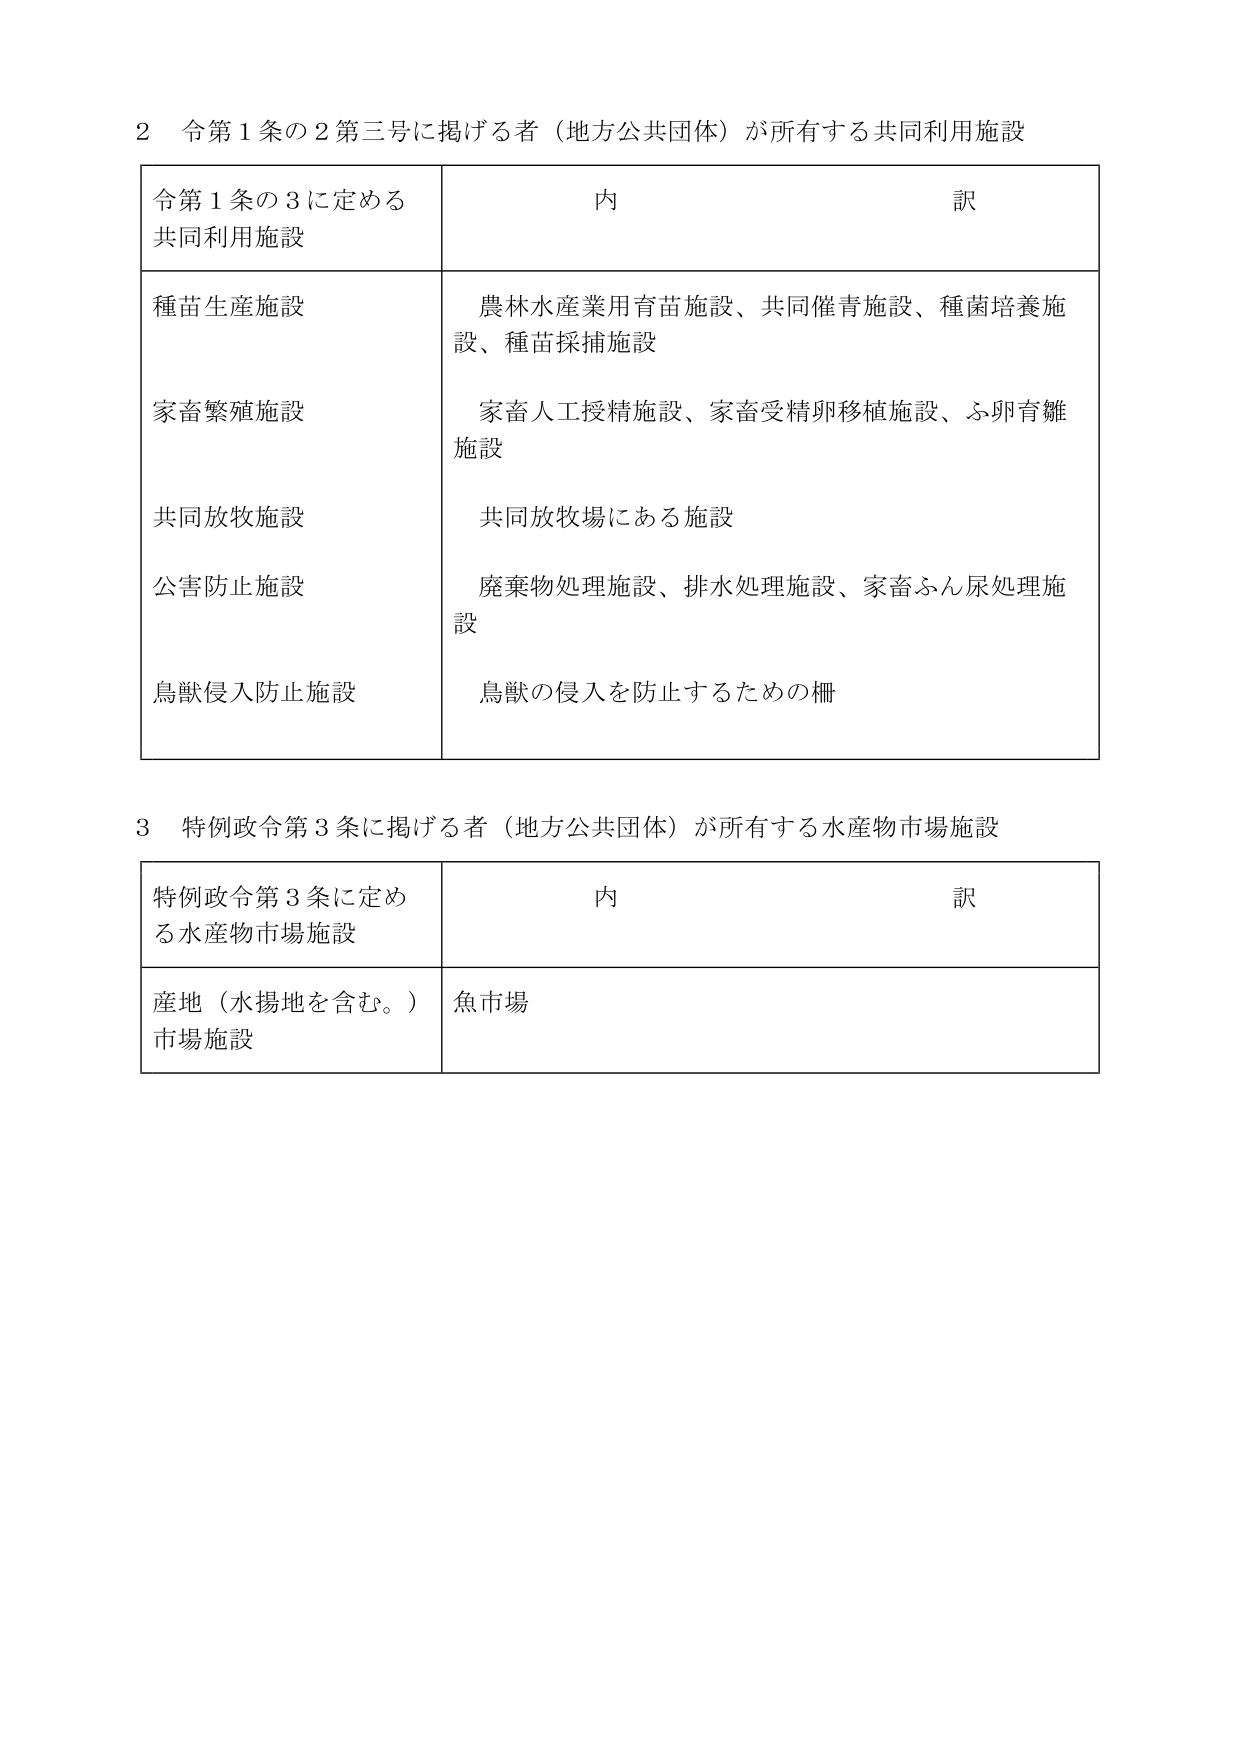
2 令第1条の2第三号に掲げる者（地方公共団体）が所有する共同利用施設

令第1条の3に定める
共同利用施設
内 訳

種苗生産施設
農林水産業用育苗施設、共同催青施設、種菌培養施設、種苗採捕施設

家畜繁殖施設
家畜人工授精施設、家畜受精卵移植施設、ふ卵育雛施設

共同放牧施設
共同放牧場にある施設

公害防止施設
廃棄物処理施設、排水処理施設、家畜ふん尿処理施設

鳥獣侵入防止施設
鳥獣の侵入を防止するための柵

3 特例政令第3条に掲げる者（地方公共団体）が所有する水産物市場施設

特例政令第3条に定める水産物市場施設
内 訳

産地（水揚地を含む。）市場施設
魚市場